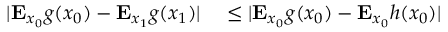
\begin{array} { r l } { | \mathbf { E } _ { x _ { 0 } } g ( x _ { 0 } ) - \mathbf { E } _ { x _ { 1 } } g ( x _ { 1 } ) | } & { { } \leq | \mathbf { E } _ { x _ { 0 } } g ( x _ { 0 } ) - \mathbf { E } _ { x _ { 0 } } h ( x _ { 0 } ) | } \end{array}